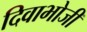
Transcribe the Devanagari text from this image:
दिवाभोजी